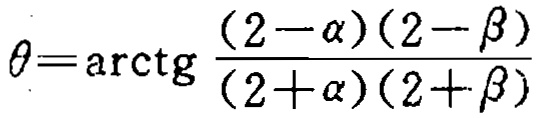
\(\theta=\mathrm{arctg}\frac{(2 - \alpha)(2 - \beta)}{(2 + \alpha)(2 + \beta)}\)